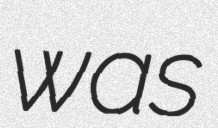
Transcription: was